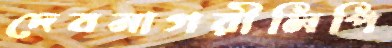
দেবনাগরীলিপি